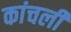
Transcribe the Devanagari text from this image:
कांचली